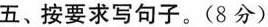
五、按要求写句子。(8分)